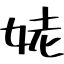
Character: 姥